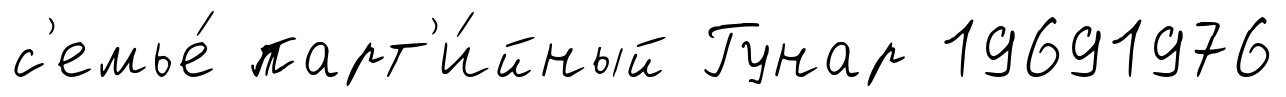
с'емье́ парт'и́йный Гунар 19691976